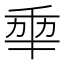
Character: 𠡦